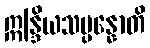
ဣန္ဒြိယသမ္ပန္နောတိ